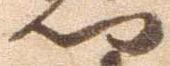
門